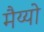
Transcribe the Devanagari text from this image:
मैय्यो